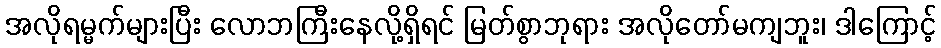
အလိုရမ္မက်များပြီး လောဘကြီးနေလို့ရှိရင် မြတ်စွာဘုရား အလိုတော်မကျဘူး၊ ဒါကြောင့်